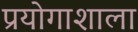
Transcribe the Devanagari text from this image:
प्रयोगाशाला